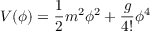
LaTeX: \, V ( \phi ) = { \frac { 1 } { 2 } } m ^ { 2 } \phi ^ { 2 } + { \frac { g } { 4 ! } } \phi ^ { 4 }